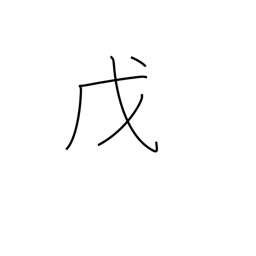
Meaning: 5th calendar sign